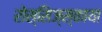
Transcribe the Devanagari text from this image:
रोस्सिज्स्काया